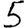
Digit: 5